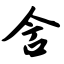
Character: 含